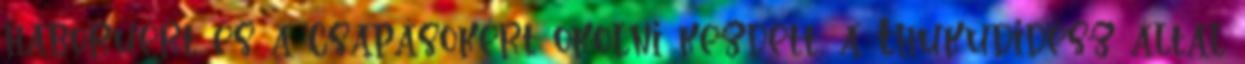
háborúért és a csapásokért okolni kezdett, a Thuküdidész által